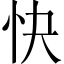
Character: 快